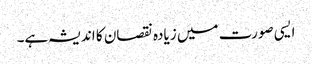
ایسی صورت میں زیادہ نقصان کا اندیشہ ہے۔